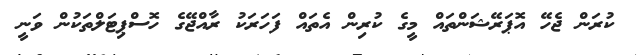
ކުރަން ޖެހޭ އޮޕަރޭޝަންތައް މީގެ ކުރިން އެތައް ފަހަރަކު ރާއްޖޭގެ ހޮސްޕިޓަލްތަކުން ވަނީ